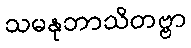
သမနုဘာသိတဗ္ဗာ